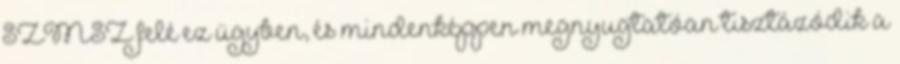
SZMSZ felé ez ügyben, és mindenképpen megnyugtatóan tisztázódik a